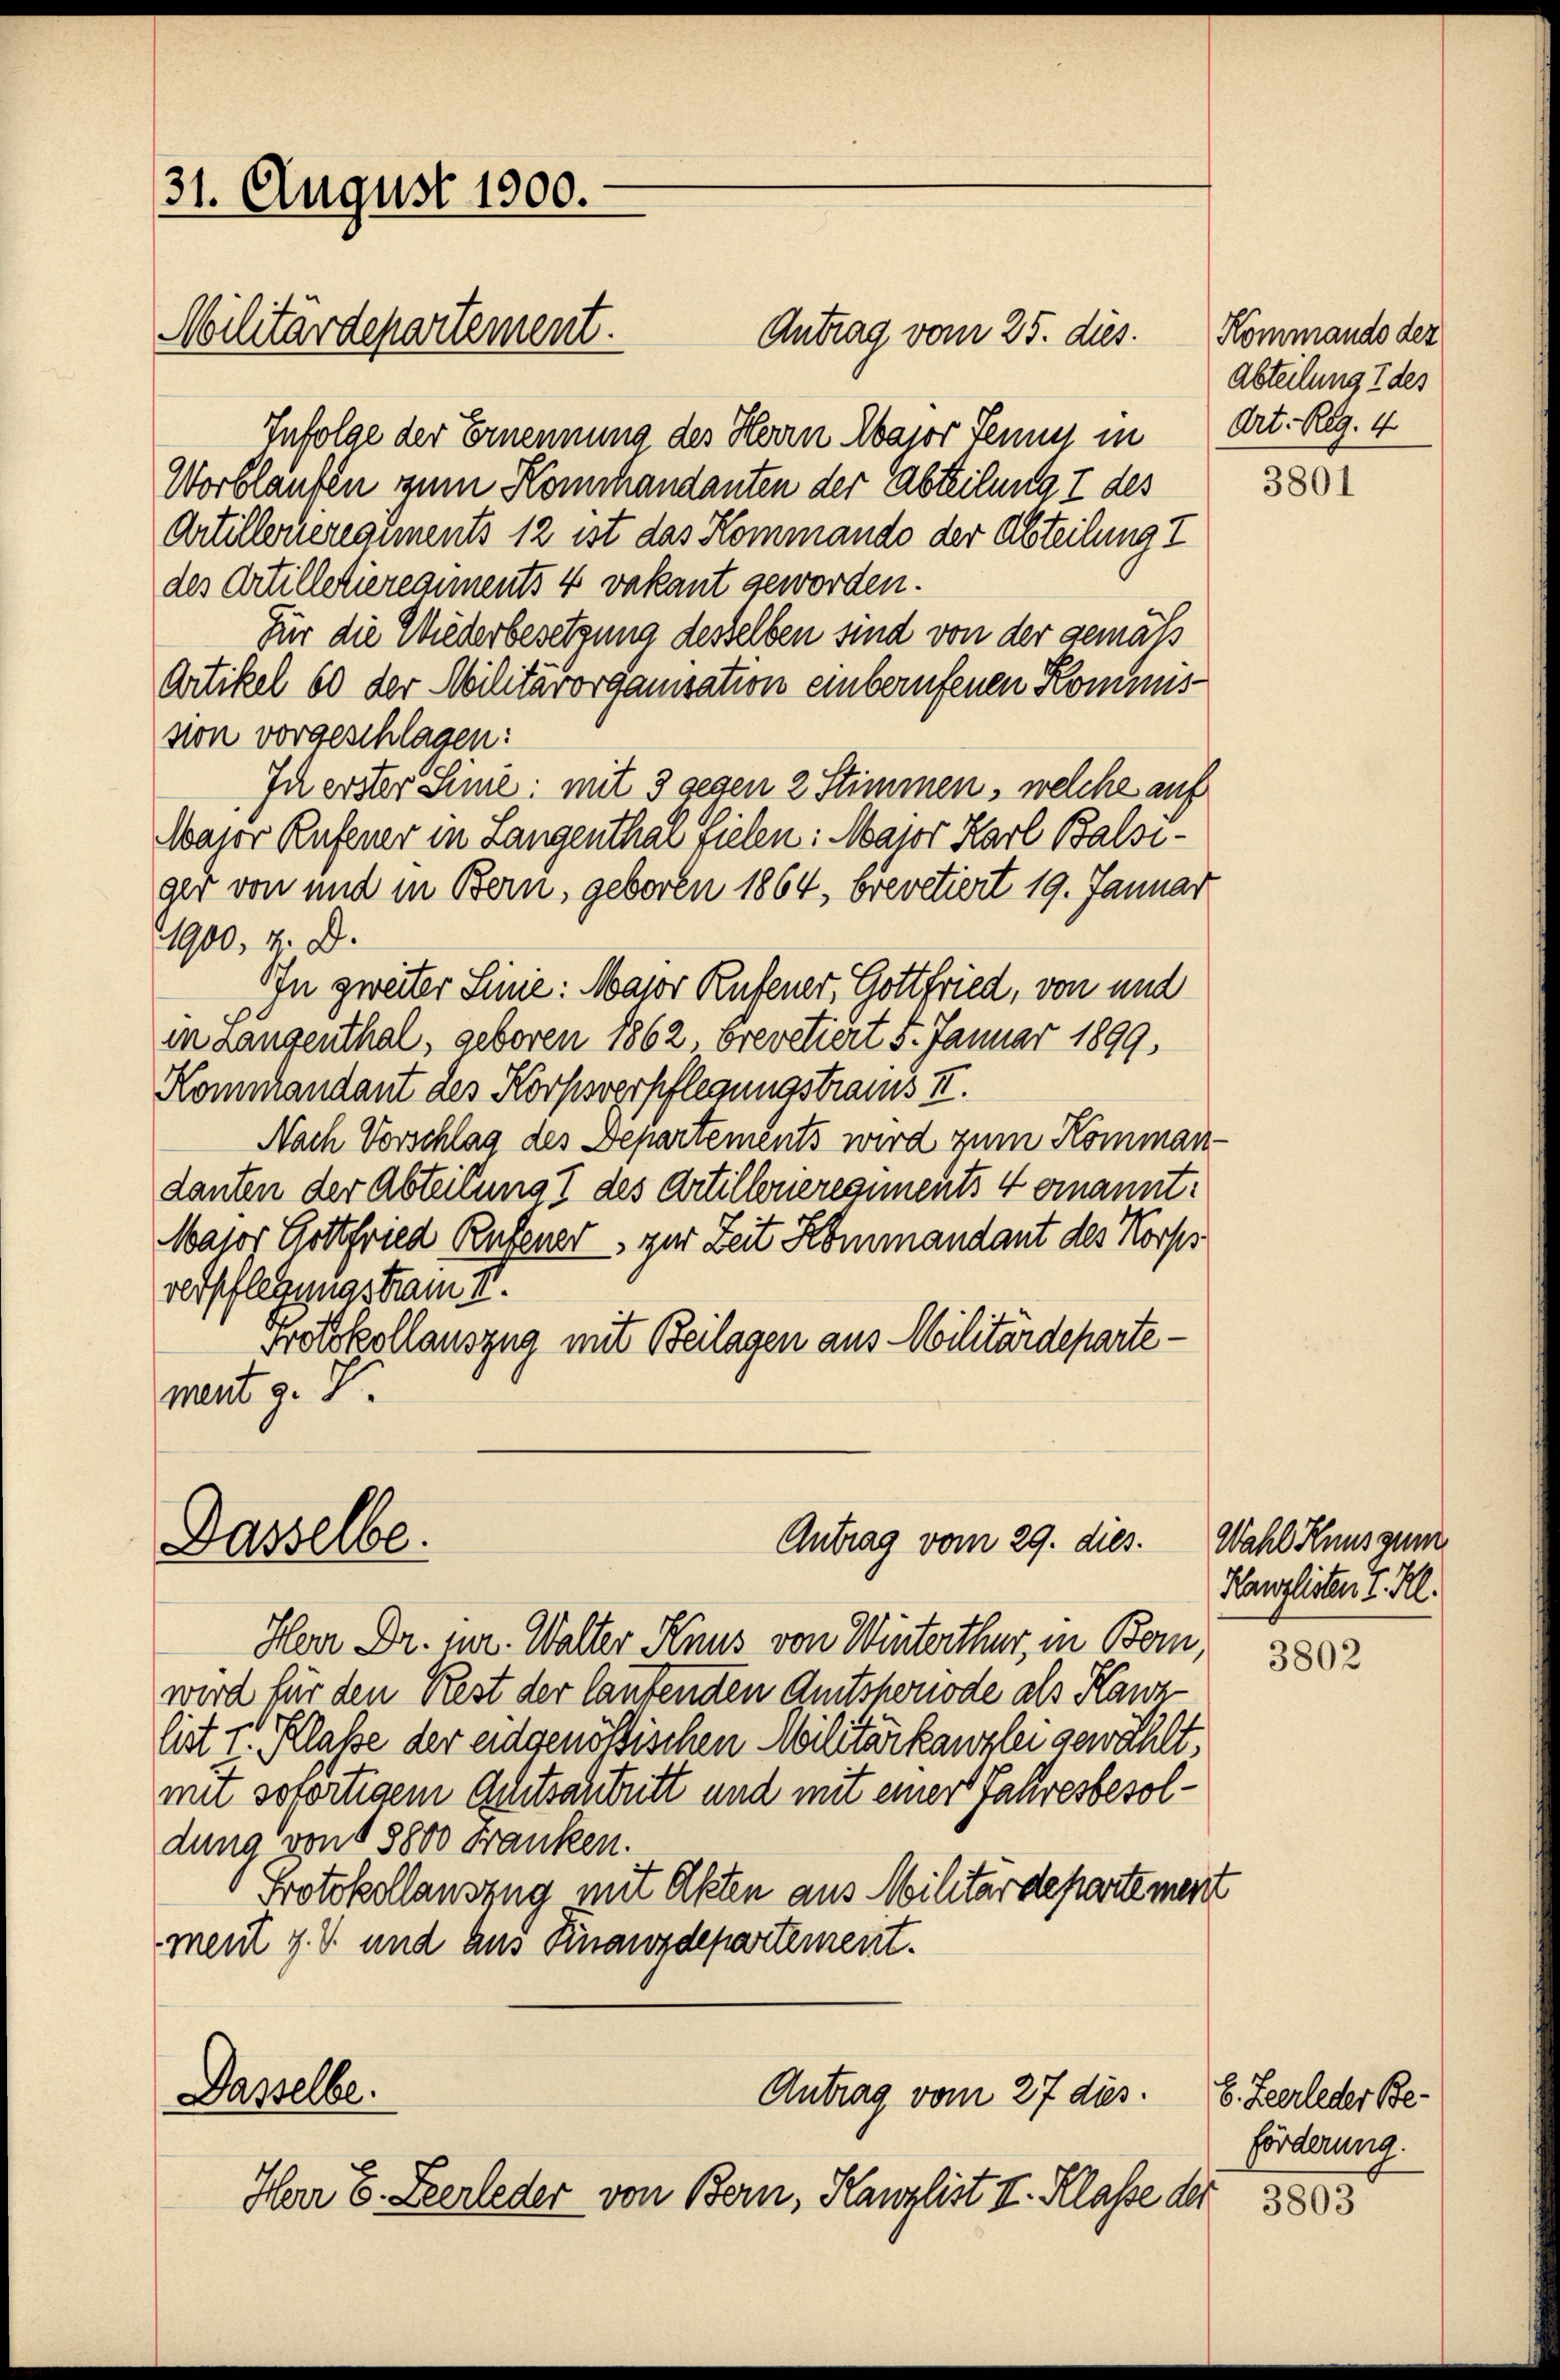
31. August 1900.

Antrag vom 25. dies.
Infolge der Ernennung des Herrn Major Tennes in Art. Reg. 4
Worbläufen zum Kommandanten der Abteilung & des
Artillerieregiments 12 ist das Kommando der Abteilung?
des Artilletieregiments 4 vakant geworden.
Für die Wiederbesetzung desselben sind von der gemäß
Artikel 60 der Militärorganisation einberufenen Kommisvon vorgeschlagen:
In erster Sinie: mit 3 gegen 2 Stimmen, welche auf
Wajor Rufener in Langenthal fielen: Major Karl Balsiger von und in Bern, geboren 1864, brevetiert 19. Januar
1900, 4. D.
In zweiter Linie: Major Rufener, Gottfried, von und
in Langenthal, geboren 1862, brevetiert 5. Januar 1899.
Kommandant des Körpsverpflegungstraums II.
Nach Vorschlag des Departements wird zum Kommandanten der Abteilung I des Artillerieregiments 4 ernannt:
Major Gottfried Rufener zur Zeit Kommandant des Korps
verpflegungstrain II.
Protokollauszug mit Beilagen aus Militärdepartement g. T.

Militärdepartement.

Dasselbe.

Dasselbe.

Antrag vom 29. dies.

Antrag vom 27 dies

Herr Dr. mir. Walter Knus von Winterthur, in Bern,
wird für den Rest der laufenden Amtshonode als Kanz
list I. Klasse der eidgenössischen Militärkanzlei gewählt.
mit sofortigem Achtsantritt und mit einer Jahresbesoldung von § 8800 Franken.
Protokollauszug mit Akten aus Militärdepartement
ment J. V. und aus Finanzdepartement.

Herr E. Zeerleder von Bern, Kanzlist II. Klasse der

Kommando des
Abteilung 1 des

3801

Wahl Kunsgun
Kanzlisten I. Kl.

3802

E. Zeerleder Be-
förderung.

3805.